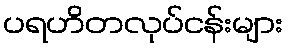
ပရဟိတလုပ်ငန်းများ